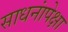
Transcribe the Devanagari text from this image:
साधनांपेक्षा